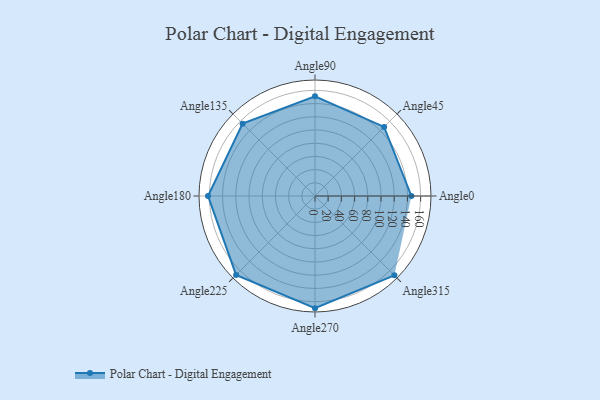
{"axis": {"x": "Angle", "y": "Radius"}, "legend": [""], "data": [{"x": "Angle0", "y": 146.0, "type": ""}, {"x": "Angle45", "y": 148.0, "type": ""}, {"x": "Angle90", "y": 151.0, "type": ""}, {"x": "Angle135", "y": 155.0, "type": ""}, {"x": "Angle180", "y": 162.0, "type": ""}, {"x": "Angle225", "y": 169.0, "type": ""}, {"x": "Angle270", "y": 170, "type": ""}, {"x": "Angle315", "y": 170, "type": ""}]}